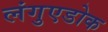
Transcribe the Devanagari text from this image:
लंगुएडोक